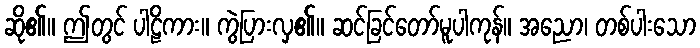
ဆို၏။ ဤတွင် ပါဠိကား။ ကွဲပြားလှ၏။ ဆင်ခြင်တော်မူပါကုန်။ အညော၊ တစ်ပါးသော